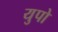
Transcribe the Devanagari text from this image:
युपो